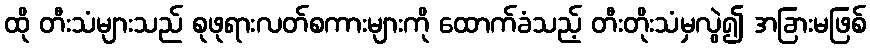
ထို တီးသံများသည် စုဖုရားလတ်စကားများကို ထောက်ခံသည့် တီးတိုးသံမှလွဲ၍ အခြားမဖြစ်